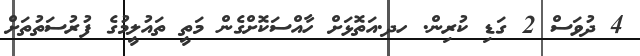
4 ދުވަސް 2 ގަޑި ކުރިން. ހދ.އަތޮޅަށް ހާއްސަކޮށްގެން މަތީ ތައުލީމުގެ ފުރުސަތުތަށް